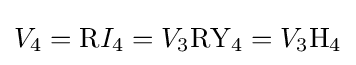
V_{4}=\mathrm {R} I_{4}=V_{3}\mathrm {R} \mathrm {Y_{4}} =V_{3}\mathrm {H_{4}}